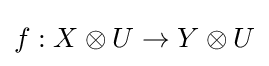
f:X\otimes U\to Y\otimes U